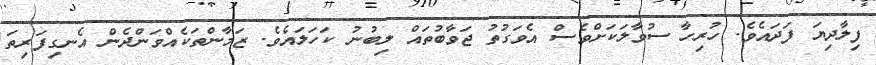
ފިލާދިޔަ ފަދައެވެ. ހުރިހާ ސުވާލަކަށްވެސް އެވަގުތު ޖަވާބުތައް ލިބުނު ކަހަލައެވެ. ޒަމާންތަކެއްވަންދެން އެނގިފަރިތަ